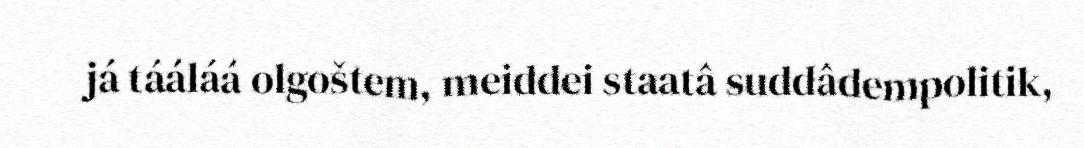
já tááláá olgoštem, meiddei staatâ suddâdempolitik,